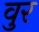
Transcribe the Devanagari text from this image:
वुर